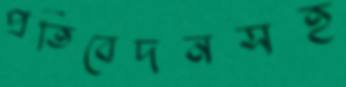
প্রতিবেদনসহ